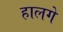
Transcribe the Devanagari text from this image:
हालगे